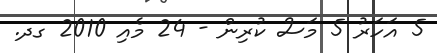
5 އަހަރު 5 މަސް ކުރިން - 24 މެއި 2010 ގދ.